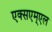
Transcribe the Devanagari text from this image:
एक्सएम्एल